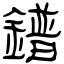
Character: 鐠